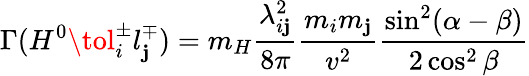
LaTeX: \Gamma(H^{0}\tol_{i}^{\pm}l_{\mathbf{j}}^{\mp})=m_{H}\frac{{\lambda_{i\mathbf{j}}^{2}}}{{8\pi}}\frac{{m_{i}m_{\mathbf{j}}}}{{v^{2}}}\frac{{\sin^{2}(\alpha-\beta)}}{{2\cos^{2}\beta}}